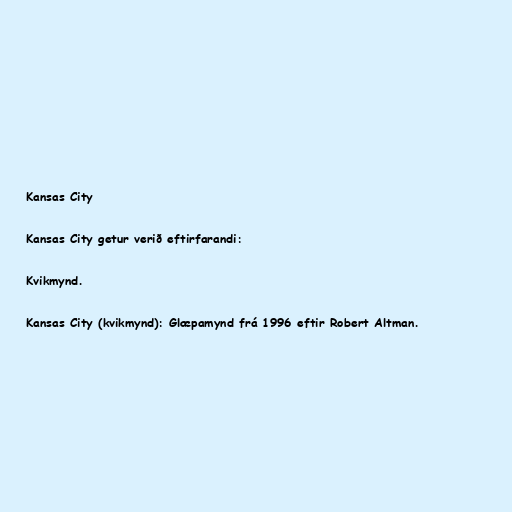
Kansas City

Kansas City getur verið eftirfarandi:

Kvikmynd.

Kansas City (kvikmynd): Glæpamynd frá 1996 eftir Robert Altman.